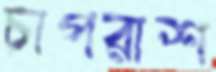
চাপরাশ